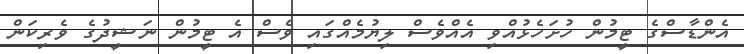
އެންޑާސްގެ ޓީމުން ހުށަހެޅުއްވި އެއްވެސް ލިޔުމެއްގައި ވެސް އެ ޓީމުން ނަޝީދުގެ ވެރިކަން